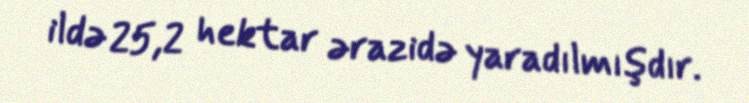
ildə 25,2 hektar ərazidə yaradılmışdır.